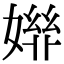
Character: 𡠒